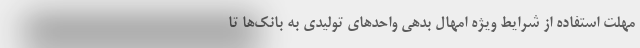
مهلت استفاده از شرایط ویژه امهال بدهی واحدهای تولیدی به بانک‌ها تا